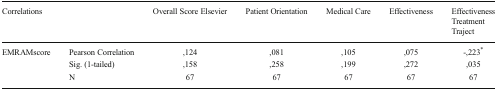
<table><thead><tr><td colspan="2"><b>Correlations</b></td><td><b>Overall Score Elsevier</b></td><td><b>Patient Orientation</b></td><td><b>Medical Care</b></td><td><b>Effectiveness</b></td><td><b>Effectiveness Treatment Traject</b></td></tr></thead><tbody><tr><td rowspan="3">EMRAMscore</td><td>Pearson Correlation</td><td>,124</td><td>,081</td><td>,105</td><td>,075</td><td>-,223<sup>*</sup></td></tr><tr><td>Sig. (1-tailed)</td><td>,158</td><td>,258</td><td>,199</td><td>,272</td><td>,035</td></tr><tr><td>N</td><td>67</td><td>67</td><td>67</td><td>67</td><td>67</td></tr></tbody></table>